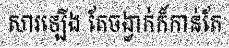
សារឡើង តែចង្វាក់ក៏កាន់តែ